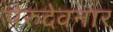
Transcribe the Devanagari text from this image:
पेरुदेवनार